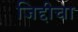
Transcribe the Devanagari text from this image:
जिद्दीचा